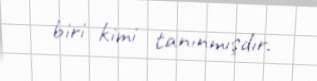
biri kimi tanınmışdır.